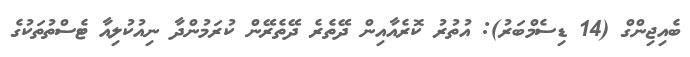
ބެއިޖިންގް (14 ޑިސެމްބަރު): އުތުރު ކޮރެއާއިން ދޭތެރެ ދޭތެރޭން ކުރަމުންދާ ނިއުކުލިއާ ޓެސްތުތަކުގެ